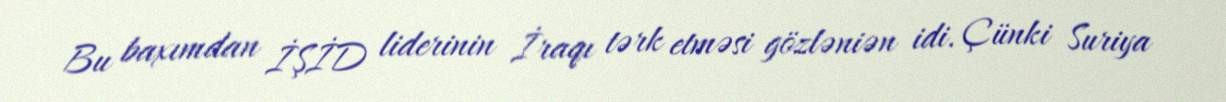
Bu baxımdan İŞİD liderinin İraqı tərk etməsi gözləniən idi. Çünki Suriya